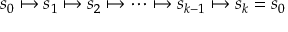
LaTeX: s _ { 0 } \mapsto s _ { 1 } \mapsto s _ { 2 } \mapsto \cdots \mapsto s _ { k - 1 } \mapsto s _ { k } = s _ { 0 }